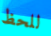
للحظ